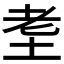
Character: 𱖠